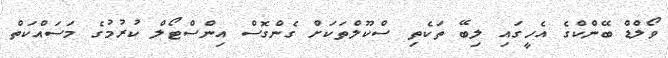
ވޯލްޑް ބޭންކްގެ އެހީގައި ލިބޭ ތަކެތި ސްކޫލްތަކަށް ގެންގޮސް އިންސްޓޯލް ކުރުމުގެ މަސައްކަތް